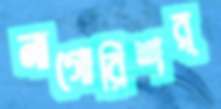
নাগোরিশর্